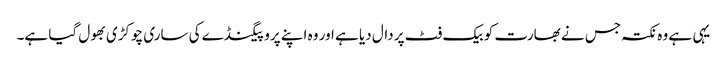
یہی ہے وہ نکتہ جس نے بھارت کو بیک فٹ پر دال دیا ہے اور وہ اپنے پروپیگنڈے کی ساری چوکڑی بھول گیا ہے۔